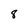
Character: 8